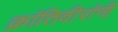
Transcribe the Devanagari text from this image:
क्रांतिवीरांनी